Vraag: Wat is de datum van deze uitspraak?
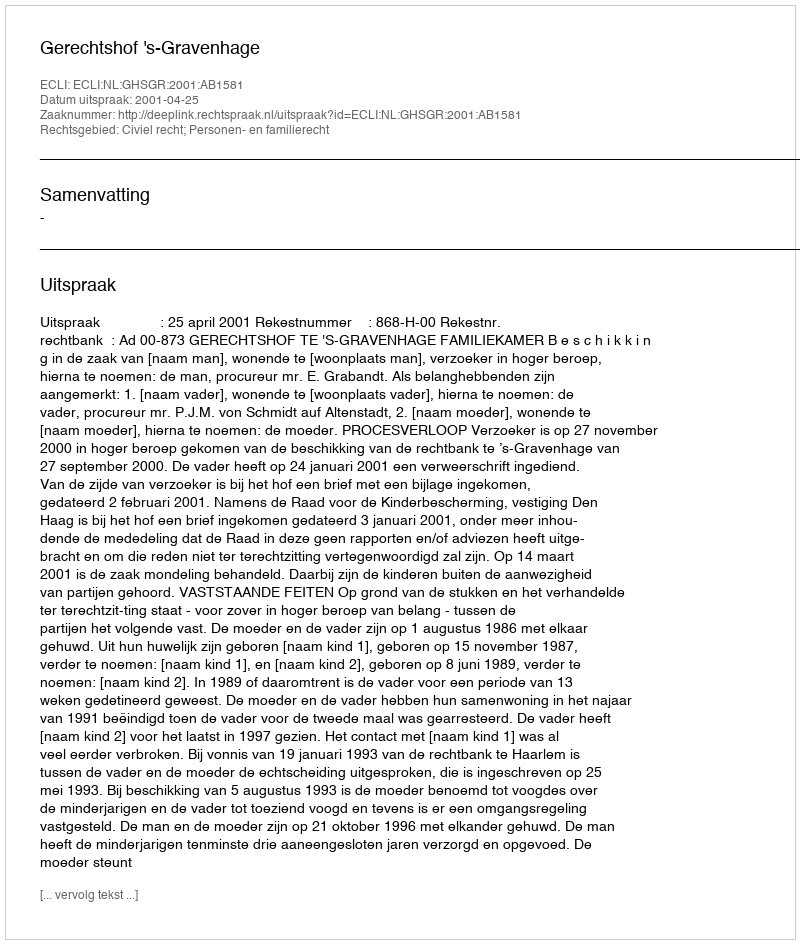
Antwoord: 2001-04-25